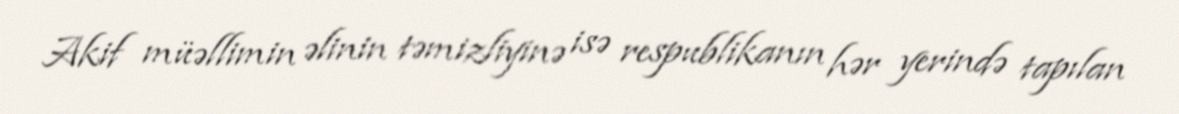
Akif müəllimin əlinin təmizliyinə isə respublikanın hər yerində tapılan